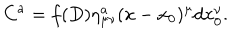
C ^ { a } = f ( D ) \eta _ { \mu \nu } ^ { a } ( x - x _ { 0 } ) ^ { \mu } d x _ { 0 } ^ { \nu } .